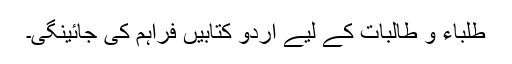
طلباء و طالبات کے لیے اُردو کتابیں فراہم کی جائینگی۔